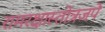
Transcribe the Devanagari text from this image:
रामरक्षास्तोत्रजपे